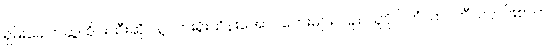
ရှမ်းခေါက်ဆွဲ၊ စိုင်းထီးဆိုင်နဲ့ လားရှိုးသိန်းအောင်တေးများ၊ ပြည်သူပိုင် ဟံသာဝတီသတင်းစာက